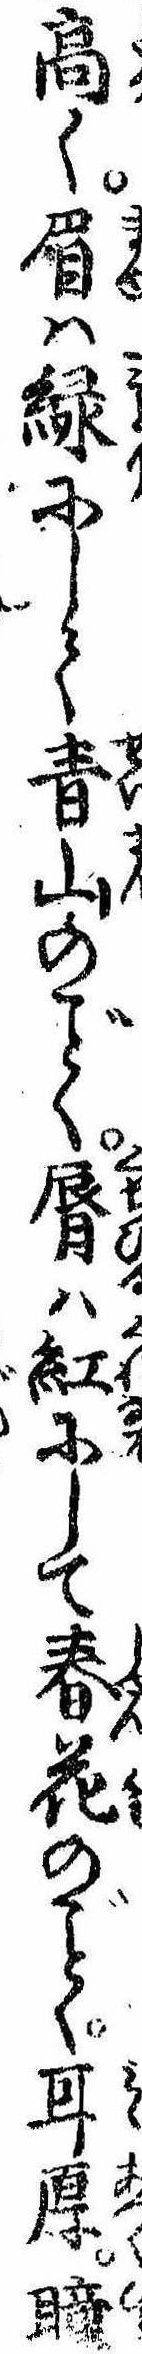
高く眉は緑にして青山のく唇は紅にして春花のく耳厚瞳